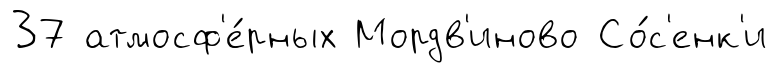
37 атмосф'е́рных Мордв'иново Со́с'енк'и